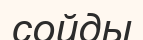
сойды